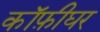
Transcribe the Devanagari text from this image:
कॉफ़ीघर